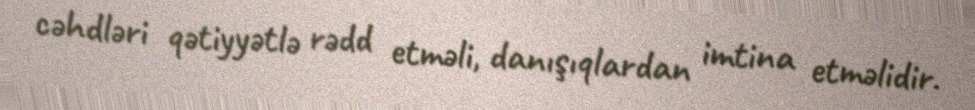
cəhdləri qətiyyətlə rədd etməli, danışıqlardan imtina etməlidir.